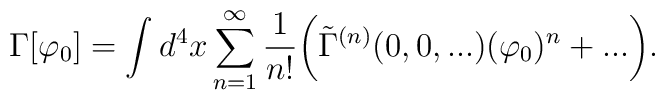
\Gamma[\varphi_{0}]=\int d^{4}x \sum^{\infty}_{n=1}\frac{1}{n!}\biggr(\tilde\Gamma^{(n)}(0,0,...)(\varphi_{0})^{n}+...\biggr).